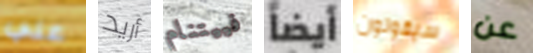
علي أريد فييتنام أيضاً سيقولون عن